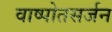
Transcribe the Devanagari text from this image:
वाष्पोतसर्जन